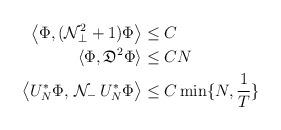
LaTeX: \begin{align*} \big\langle \Phi,(\mathcal{N}_\perp^2+1)\Phi\big\rangle \le\;& C\\\langle \Phi, \mathfrak{D}^2 \Phi\rangle \le\;& CN\\\big\langle U_N^* \Phi,\,\mathcal{N}_-\, U_N^*\Phi\big\rangle \le\;& C \min\{ N,\frac{1}{T}\}\end{align*}